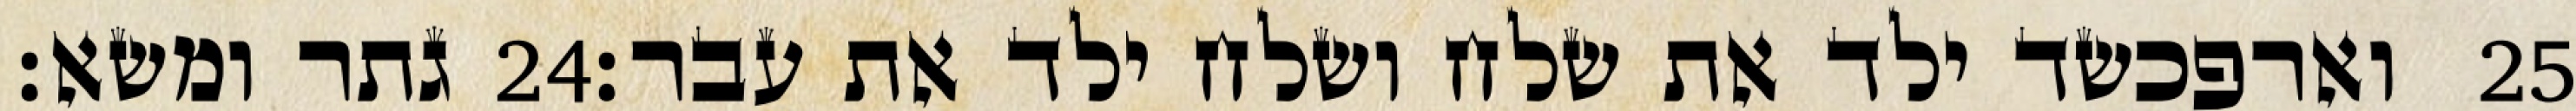
גתר ומשא׃ ‎24‏ וארפכשד ילד את שלח ושלח ילד את עבר׃ ‎25‏